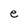
Character: e